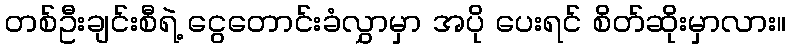
တစ်ဦးချင်းစီရဲ့ ငွေတောင်းခံလွှာမှာ အပို ပေးရင် စိတ်ဆိုးမှာလား။